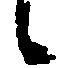
候